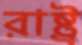
রাষ্ট্র